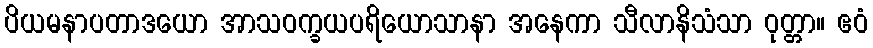
ပိယမနာပတာဒယော အာသဝက္ခယပရိယောသာနာ အနေကာ သီလာနိသံသာ ဝုတ္တာ။ ဧဝံ